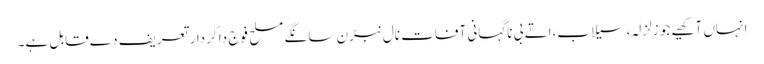
انہاں آکھیے جو زلزلہ، سیلاب،اتے بی ناگہانی آفات نال نبڑن سانگے مسلح فوج دا کردار تعریف دے قابل ہے۔